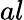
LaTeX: al